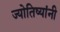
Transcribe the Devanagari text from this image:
ज्योतिष्यांनी